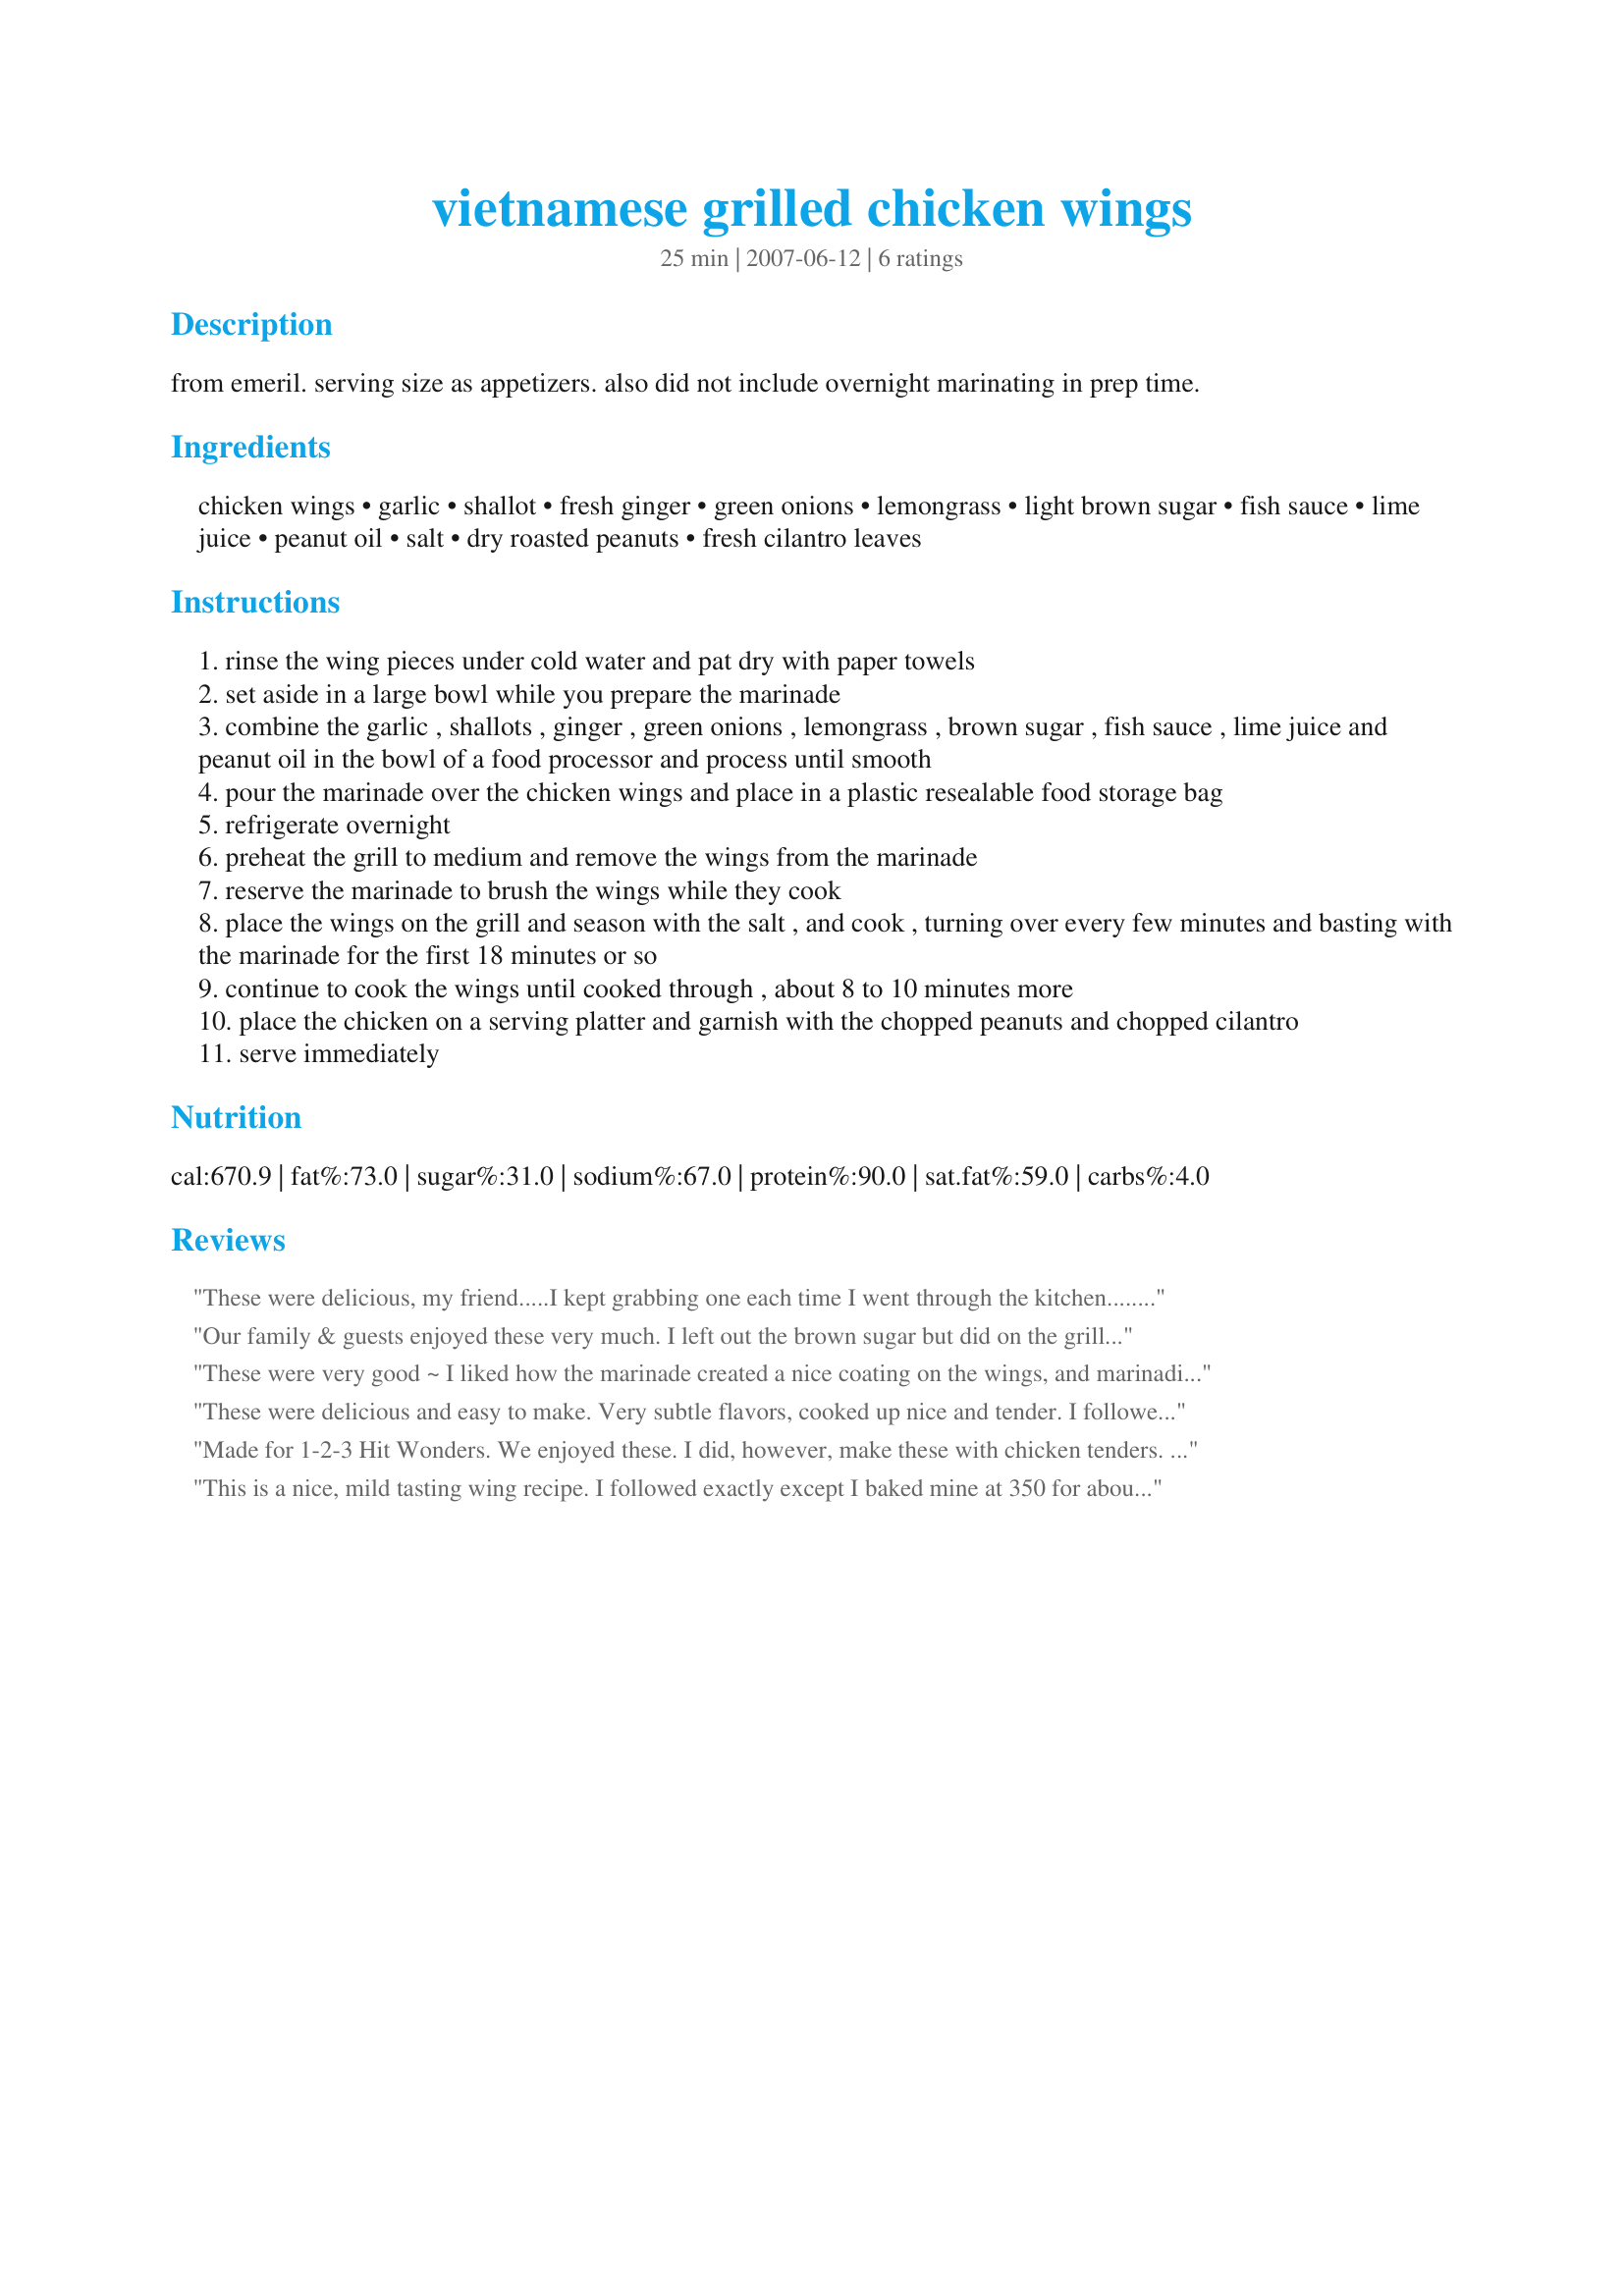
vietnamese grilled chicken wings
Preparation time: 25 minutes

from emeril. serving size as appetizers. also did not include overnight marinating in prep time.

Ingredients:
chicken wings, garlic, shallot, fresh ginger, green onions, lemongrass, light brown sugar, fish sauce, lime juice, peanut oil, salt, dry roasted peanuts, fresh cilantro leaves

Steps:
rinse the wing pieces under cold water and pat dry with paper towels
set aside in a large bowl while you prepare the marinade
combine the garlic , shallots , ginger , green onions , lemongrass , brown sugar , fish sauce , lime juice and peanut oil in the bowl of a food processor and process until smooth
pour the marinade over the chicken wings and place in a plastic resealable food storage bag
refrigerate overnight
preheat the grill to medium and remove the wings from the marinade
reserve the marinade to brush the wings while they cook
place the wings on the grill and season with the salt , and cook , turning over every few minutes and basting with the marinade for the first 18 minutes or so
continue to cook the wings until cooked through , about 8 to 10 minutes more
place the chicken on a serving platter and garnish with the chopped peanuts and chopped cilantro
serve immediately

Reviews:
These were delicious, my friend.....I kept grabbing one each time I went through the kitchen.....do you realize how many times you go through your kitchen, daily! Each of your ingredients married perfectly! Would I make these again? You bet! I've got the other naked wings just begging to jump into this! Thnx for sharing, Vicki. Made for the Voracious Vagabonds for ZZWT6.
Our family & guests enjoyed these very much. I left out the brown sugar but did on the grill as suggested. I was interested to read Susie Cooks review just now as it wasn't here when I printed out the recipe. Her way of doing them was how I thought I might work better for our taste/texture preferences. I would put a bit of oil in the bottom of a heavy duty cookie sheet and bake them at 400Â°F for 15 minutes, turn and continue for 10 to 15 minutes more. We like them crispy but not blackened. Also, I would add 1 tsp of either dried red pepper flakes OR 1 tsp of Sombel Oelek to the marinade. Enjoyed these for ZWT 4
These were very good ~ I liked how the marinade created a nice coating on the wings, and marinading during cooking (I baked and then broiled to crisp up) added to the flavor. The lemongrass and ginger really shone through. Thanks for posting ~ made for ZWT 6 ASIA - "The Countries of Asia Challenge" ~ for Vietnam!
These were delicious and easy to make. Very subtle flavors, cooked up nice and tender. I followed the directions as written and these wings cooked perfectly with just the right crispness outside, nice and tender inside. My family devoured these with no leftovers.
Made for 1-2-3 Hit Wonders. We enjoyed these. I did, however, make these with chicken tenders. Enjoyed the mix of flavors. Would make these again. Thanks for posting this Vicki!
This is a nice, mild tasting wing recipe. I followed exactly except I baked mine at 350 for about 35 minutes and then broiled them to get them extra brown and a little crispy. I really can taste the ginger, very nice. Next time I make these I will up the garlic and shallots. Thanks Vicki!
